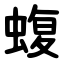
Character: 蝮